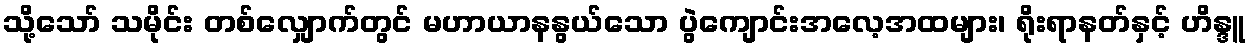
သို့သော် သမိုင်း တစ်လျှောက်တွင် မဟာယာနနွယ်သော ပွဲကျောင်းအလေ့အထများ၊ ရိုးရာနတ်နှင့် ဟိန္ဒူ